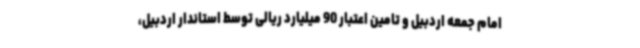
امام جمعه اردبیل و تامین اعتبار 90 میلیارد ریالی توسط استاندار اردبیل،